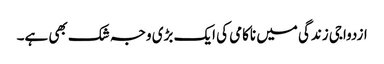
ازدواجی زندگی میں ناکامی کی ایک بڑی وجہ شک بھی ہے۔